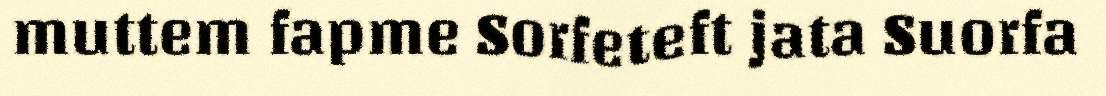
muttem fapme Sorfeteft jata Suorfa